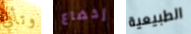
وتأتي إخضاع الطبيعية